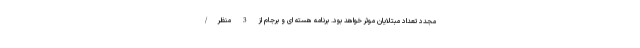
مجدد تعداد مبتلایان موثر خواهد بود. برنامه هسته‌ ای و برجام از 3 منظر/